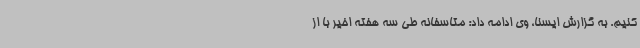
کنیم. به گزارش ایسنا، وی ادامه داد: متاسفانه طی سه هفته اخیر با از